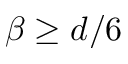
\beta \geq d / 6